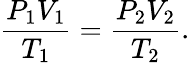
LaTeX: {\frac{P_{1}V_{1}}{T_{1}}}={\frac{P_{2}V_{2}}{T_{2}}}.